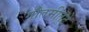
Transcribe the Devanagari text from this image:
गौतमीतटे